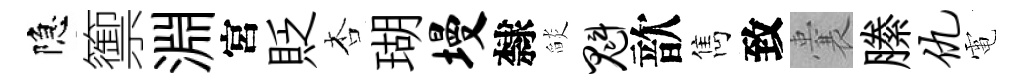
隐籞淵宮貶杏瑚墁隸𦦨魁歆雋致囊縢仇電